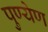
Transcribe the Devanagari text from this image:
पुण्येण